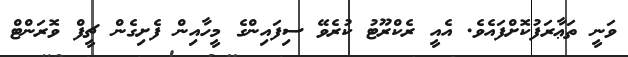
ވަނީ ތަޢާރަފުކޮށްފައެވެ. އެއީ ރެކްރޫޓު ކުރެވޭ ސިފައިންގެ މީހާއިން ފެށިގެން ޗީފް ވޮރަންޓް